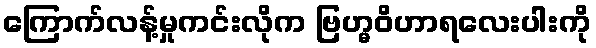
ကြောက်လန့်မှုကင်းလိုက ဗြဟ္မဝိဟာရလေးပါးကို